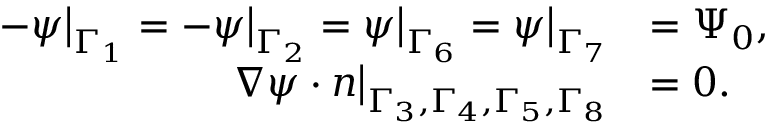
\begin{array} { r l } { - \psi \big | _ { \Gamma _ { 1 } } = - \psi \big | _ { \Gamma _ { 2 } } = \psi \big | _ { \Gamma _ { 6 } } = \psi \big | _ { \Gamma _ { 7 } } } & { = \Psi _ { 0 } , } \\ { \boldsymbol { \nabla } \psi \cdot \boldsymbol { n } \big | _ { \Gamma _ { 3 } , \Gamma _ { 4 } , \Gamma _ { 5 } , \Gamma _ { 8 } } } & { = 0 . } \end{array}